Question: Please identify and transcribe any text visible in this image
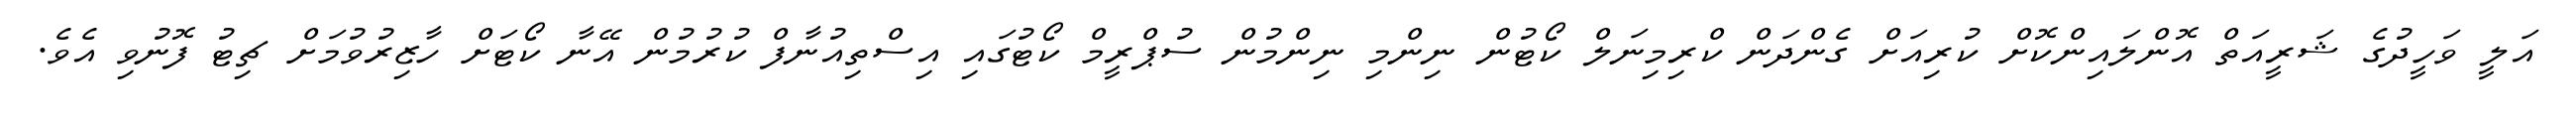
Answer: އަލީ ވަހީދުގެ ޝަރީއަތް އޮންލައިންކޮށް ކުރިއަށް ގެންދަން ކްރިމިނަލް ކޯޓުން ނިންމި ނިންމުން ސުޕްރީމް ކޯޓުގައި އިސްތިއުނާފް ކުރުމުން އޭނާ ކޯޓަށް ހާޒިރުވުމަށް ޗިޓު ފޮނުވި އެވެ.